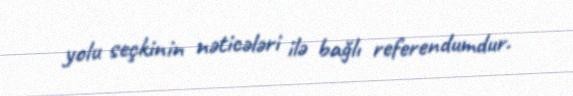
yolu seçkinin nəticələri ilə bağlı referendumdur.